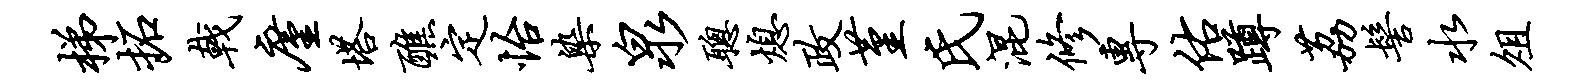
梯拓戟廑塔醮定怡染泉聪熄政堇氏混修专佑蹲荔髻水俎